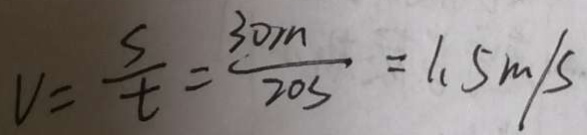
V = \frac { s } { t } = \frac { 3 0 m } { 2 0 5 } = 1 . 5 m / s